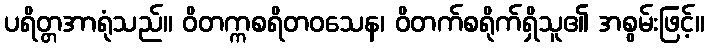
ပရိတ္တအာရုံသည်။ ဝိတက္ကစရိတဝသေန၊ ဝိတက်စရိုက်ရှိသူ၏ အစွမ်းဖြင့်။